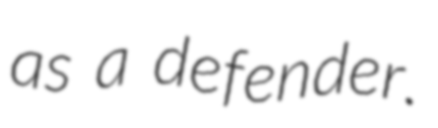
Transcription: as a defender.